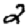
Digit: 2